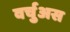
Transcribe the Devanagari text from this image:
वर्चुअस